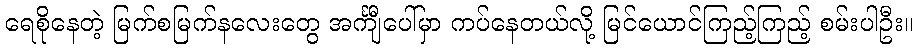
ရေစိုနေတဲ့ မြက်စမြက်နလေးတွေ အင်္ကျီပေါ်မှာ ကပ်နေတယ်လို့ မြင်ယောင်ကြည့်ကြည့် စမ်းပါဦး။